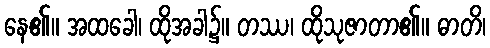
နေ၏။ အထခေါ၊ ထိုအခါ၌။ တဿ၊ ထိုသုဇာတာ၏။ ဓာတိ၊